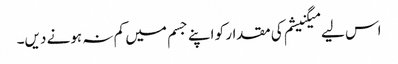
اس لیے میگنیشم کی مقدار کو اپنے جسم میں کم نہ ہونے دیں۔